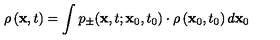
\rho \left( { \bf x } , t \right) = \int p _ { \pm } ( { \bf x } , t ; { \bf x } _ { 0 } , t _ { 0 } ) \cdot \rho \left( { \bf x } _ { 0 } , t _ { 0 } \right) d { \bf x } _ { 0 }